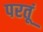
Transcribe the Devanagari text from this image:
परतूं